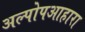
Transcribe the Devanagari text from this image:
अल्पोपआहारा